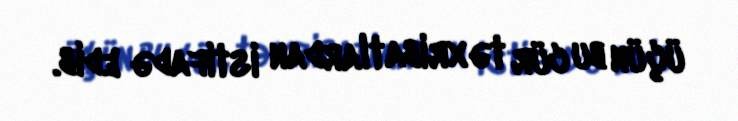
üçün bu cür təxribatlardan istifadə edib.